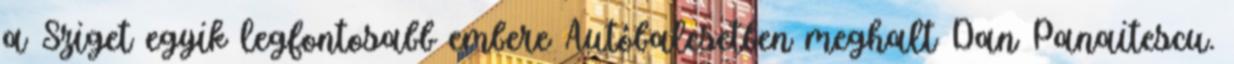
a Sziget egyik legfontosabb embere Autóbalesetben meghalt Dan Panaitescu.